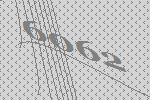
6062